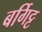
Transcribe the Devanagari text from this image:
बर्गिट्ट